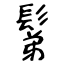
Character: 鬀